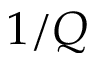
1 / Q